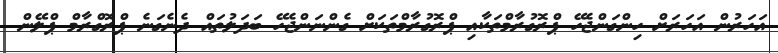
އަހަރުން އަހަރަށް ހިންގަންޖެހޭ ޕްރޮގުރާމްތަކާއި ޕްރޮގުރާމްތަކަށް ގެންނަންޖެހޭ ބަދަލުތައް ދެނެގަނެ ޕްރޮގްރާމް ޕްލޭން